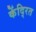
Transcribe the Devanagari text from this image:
केंदि्रत